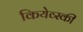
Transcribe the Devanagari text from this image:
कियेव्स्की